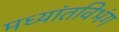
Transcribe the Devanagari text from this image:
मध्यांतविभंग